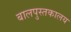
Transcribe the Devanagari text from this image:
बालपुस्तकालय